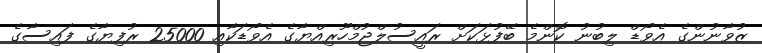
ޒުވާނުންގެ އެވޯޑް ލިބުނު ކޮންމެ ބޭފުޅަކަށް ރައީސުލްޖުމްހޫރިއްޔާގެ އެވޯޑަކާއި 25000 ރުފިޔާގެ ފައިސާގެ